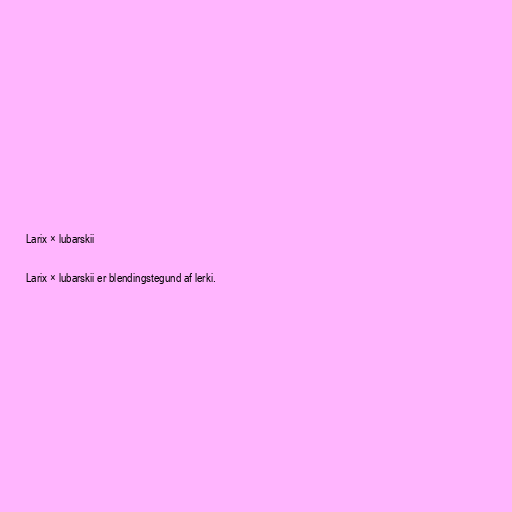
Larix × lubarskii

Larix × lubarskii er blendingstegund af lerki.